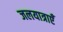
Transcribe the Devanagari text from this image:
जलयात्राएँ